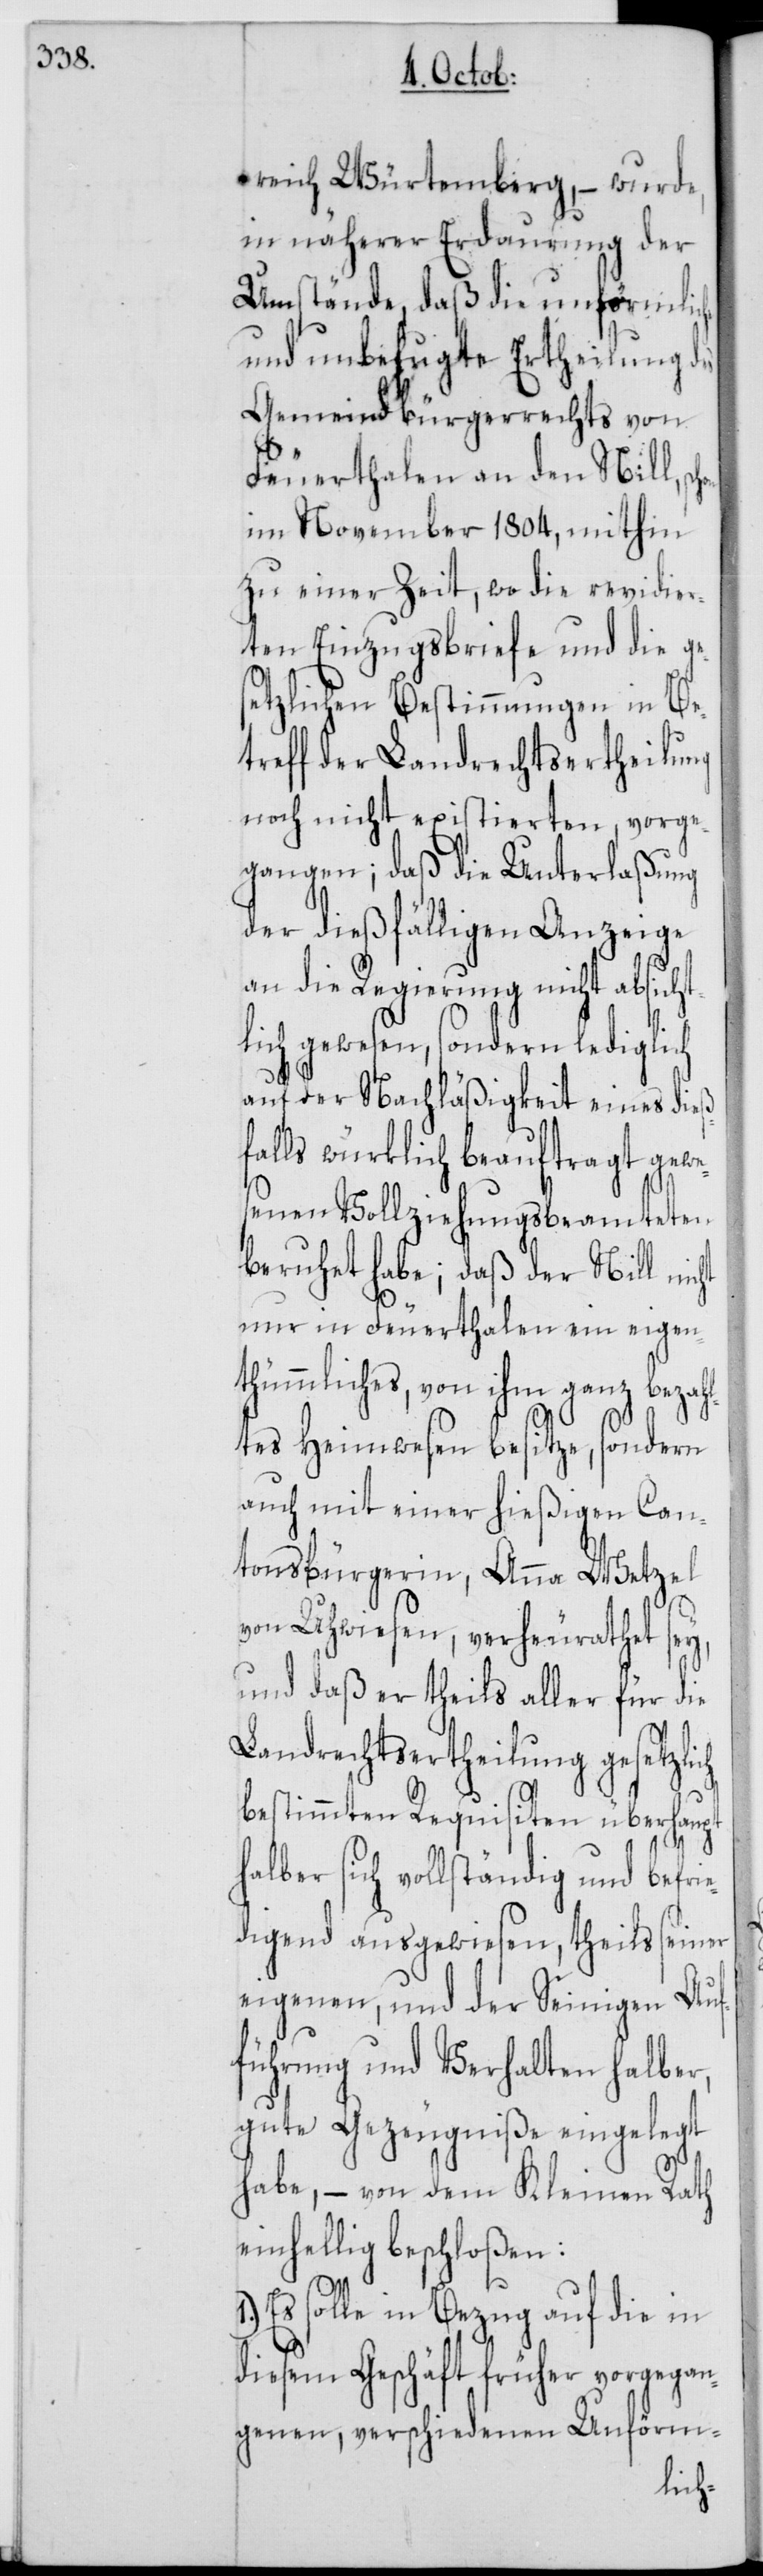
reich Würtemberg, – wurde,
in näherer Erdaurung der
Umstände, daß die unförmliche
und unbefugte Ertheilung des
Gemeindbürgerrechts von
Feuerthalen an den Nill,
im November 1804, mithin
zu einer Zeit, wo die revidier¬
ten Einzugsbriefe und die ge¬
setzlichen Bestimmungen in Be¬
treff der Landrechtsertheilung
noch nicht existierten, vorge¬
gangen; daß die Unterlaßung
der dießfälligen Anzeige
an die Regierung nicht absicht¬
lich gewesen, sondern lediglich
auf der Nachläßigkeit eines dieß¬
falls würklich beauftragt gewe¬
senen Vollziehungsbeamteten
beruhet habe; daß der Nill n¬
nur in Feuerthalen ein eigen¬
thümmliches, von ihm ganz bezahl¬
tes Heimwesen besitze, sondern
auch mit einer hießigen Can¬
tonsbürgerin, Anna Wetzel
von Uhwiesen, verheurathet sey,
und daß er theils aller für die
Landrechtsertheilung gesetzlich
bestimmten Requisiten überhaupt
halber sich vollständig und befrie¬
digend ausgewiesen, theils seiner
eigenen, und der Seinigen Auf¬
führung und Verhalten halber,
gute Gezeugniße eingelegt
habe, – von dem Kleinen Rath
einhellig beschloßen:
Es solle in Bezug auf die in
diesem Geschäft früher vorgegan¬
genen, verschiedenen Unförm-
icht